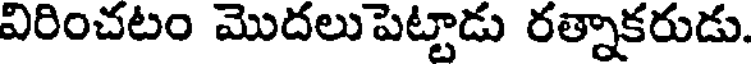
విరించటం మొదలుపెట్టాడు రత్నాకరుడు.